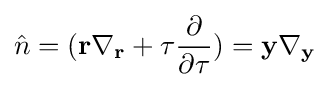
{\hat {n}}=(\mathbf {r} \mathbf {\nabla } _{\mathbf {r} }+\tau {\frac {\partial }{\partial \tau }})=\mathbf {y} \mathbf {\nabla } _{\mathbf {y} }